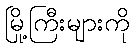
မြို့ကြီးများကို